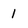
Character: 1